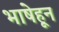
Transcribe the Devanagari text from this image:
भाषेहून